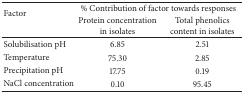
| <ROWSPAN=2> Factor | <COLSPAN=2> % Contribution of factor towards responses |
 | Protein concentration in isolates | Total phenolics content in isolates |
 | --- | --- | --- |
 | Solubilisation pH | 6.85 | 2.51 |
 | Temperature | 75.30 | 2.85 |
 | Precipitation pH | 17.75 | 0.19 |
 | NaCl concentration | 0.10 | 95.45 |